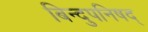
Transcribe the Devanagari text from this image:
बिन्दुपनिषद्